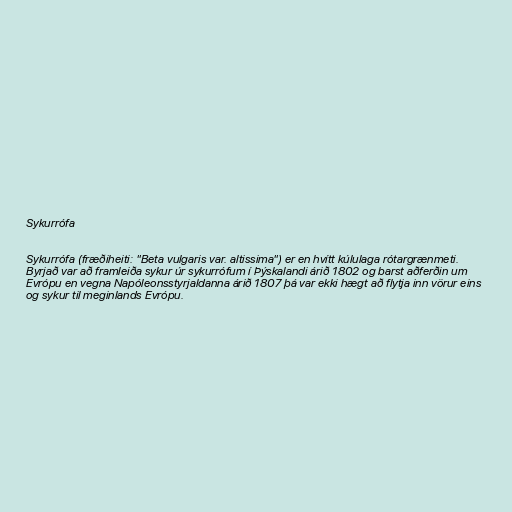
Sykurrófa

Sykurrófa (fræðiheiti: "Beta vulgaris var. altissima") er en hvítt kúlulaga rótargrænmeti.
Byrjað var að framleiða sykur úr sykurrófum í Þýskalandi árið 1802 og barst aðferðin um
Evrópu en vegna Napóleonsstyrjaldanna árið 1807 þá var ekki hægt að flytja inn vörur eins
og sykur til meginlands Evrópu.